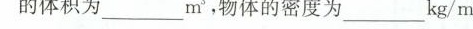
的体积为_m-3，物体的密度为_kg/m。